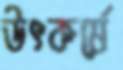
উৎকর্ষে